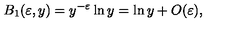
B _ { 1 } ( \varepsilon , y ) = y ^ { - \varepsilon } \ln y = \ln y + O ( \varepsilon ) \nonumber ,